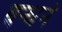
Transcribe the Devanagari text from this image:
बन्धनं